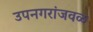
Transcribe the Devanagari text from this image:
उपनगरांजवळ